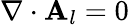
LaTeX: \nabla\cdot\mathbf{A}_{l}=0